Report on sanitation, dispensaries, and jails in Rajputana for 1917, and on vaccination for the year 1917-1918 - 1917-1918
Year: 1917
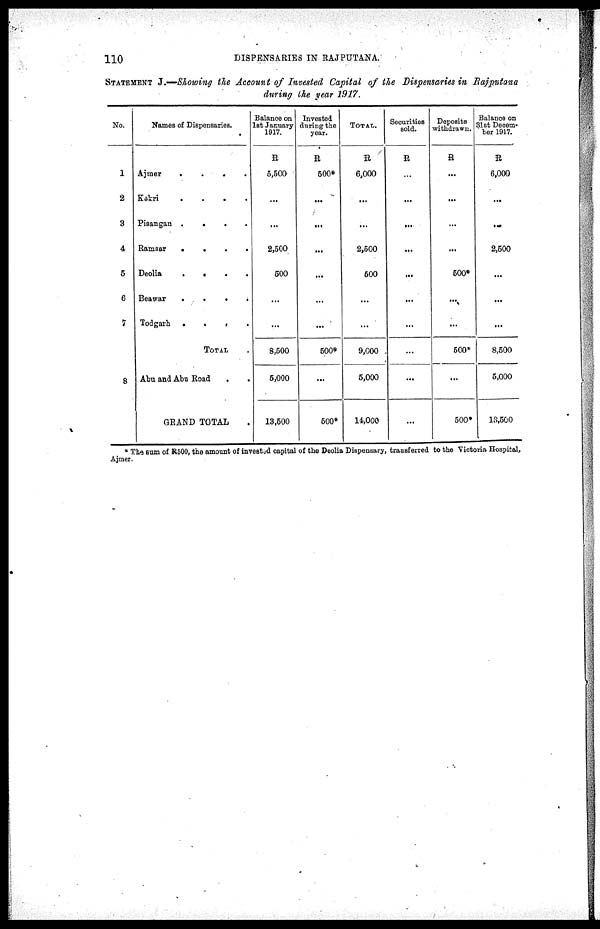
110
DISPENSARIES IN RAJPUTANA.
STATEMENT J.—Showing the Account of Invested Capital of the Dispensaries in Rajputana
during the year 1917.
No.
1
2
3
4
5
6
7
8
Names of Dispensaries.
Ajmer
.
.
.
.
Kekri
.
.
.
.
Pisangan
.
. . .
Ramsar
.
.
.
.
Deolia
.
.
.
.
Beawar
.
.
.
.
Todgarh . . .
.
TOTAL .
Abu and Abu Road
.
.
GRAND TOTAL .
Balance on
1st January
1917.
R
5,500
...
...
2,500
500
...
...
8,500
5,000
13,500
Invested
daring the
year.
R
500
...
...
...
...
...
...
500*
...
500*
TOTAL.
R
6,000
...
...
2,500
500
...
...
9,000
5,000
14,000
Securities
sold.
R
...
...
...
...
...
...
...
...
...
...
Deposits
withdrawn.
R
...
...
...
...
500*
...
...
500*
...
500*
Balance on
31st Decem-
ber 1917.
R
6,000
...
...
2,500
...
...
...
8,500
5,000
13,500
* The sum of R500, the amount of invested capital of the Deolia Dispensary, transferred to the Victoria Hospital,
Ajmer.